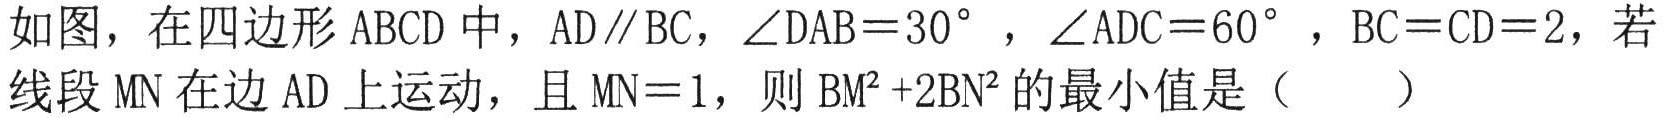
如图，在四边形\(ABCD\)中，\(AD\parallel BC\)，\(\angle DAB = 30^{\circ}\)，\(\angle ADC = 60^{\circ}\)，\(BC = CD = 2\)，若线段\(MN\)在边\(AD\)上运动，且\(MN = 1\)，则\(BM^{2}+2BN^{2}\)的最小值是（  ）